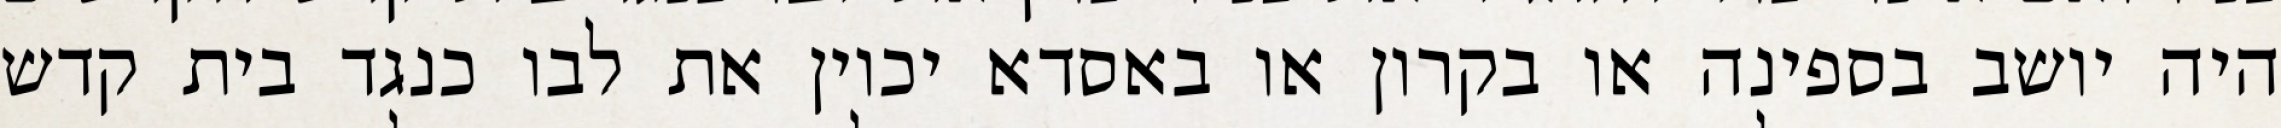
היה יושב בספינה או בקרון או באסדא יכוין את לבו כנגד בית קדש